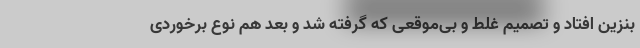
بنزین افتاد و تصمیم غلط و بی‌موقعی که گرفته شد و بعد هم نوع برخوردی